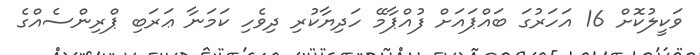
ވަކީލުކޮށް 16 އަހަރުގަ ބައްޕައަށް ފުއްޕާމޭ ހަދިޔާކުރި ދިވެހި ކަމަނާ ޢަރަބި ޕްރިންސެއްގެ